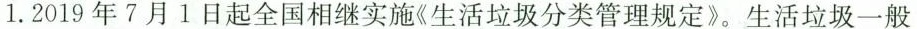
1.2019年7月1日起全国相继实施\ll生活垃圾分类管理规定 \gg 。生活垃圾一般